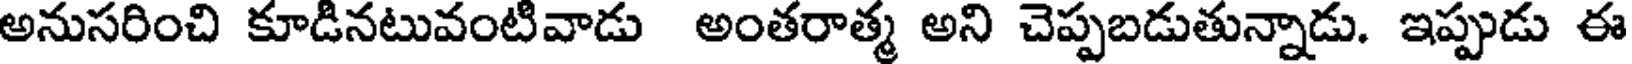
అనుసరించి కూడినటువంటివాడు అంతరాత్మ అని చెప్పబడుతున్నాడు. ఇప్పుడు ఈ